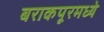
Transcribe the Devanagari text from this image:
बराकपूरमध्ये